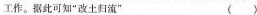
工作。据此可知”改土归流” ( )